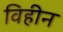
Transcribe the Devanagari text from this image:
विहीन